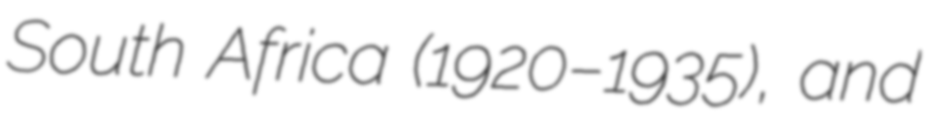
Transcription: South Africa (1920–1935), and